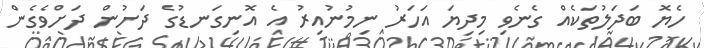
ހެޔޮ ބަދަލުތަކެއް ގެނެވި މިދިޔަ އަހަރު ނިމުނުއިރު އެ އޮނިގަނޑުގެ ދަށުން ދަށްވެގެން